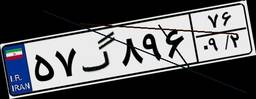
۶۴گ۲۰۰۹۹